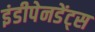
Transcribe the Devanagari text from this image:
इंडीपेनडेंट्स